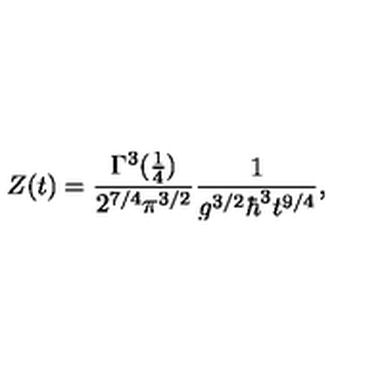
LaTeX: Z ( t ) = { \frac { \Gamma ^ { 3 } ( { \frac { 1 } { 4 } } ) } { 2 ^ { 7 / 4 } \pi ^ { 3 / 2 } } } { \frac { 1 } { g ^ { 3 / 2 } \hbar ^ { 3 } t ^ { 9 / 4 } } } ,